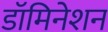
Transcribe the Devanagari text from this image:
डॉमिनेशन